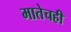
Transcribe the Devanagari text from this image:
मातेचही